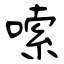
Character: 嗦